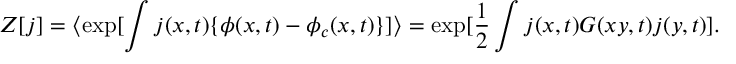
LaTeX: Z [ j ] = \langle \exp [ \int j ( x , t ) \{ \phi ( x , t ) - \phi _ { c } ( x , t ) \} ] \rangle = \exp [ \frac { 1 } { 2 } \int j ( x , t ) G ( x y , t ) j ( y , t ) ] .